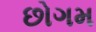
છોગમ